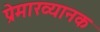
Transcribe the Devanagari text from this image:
प्रेमाख्यानक